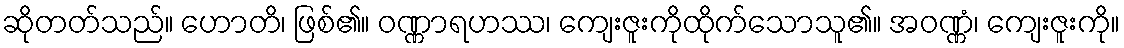
ဆိုတတ်သည်။ ဟောတိ၊ ဖြစ်၏။ ဝဏ္ဏာရဟဿ၊ ကျေးဇူးကိုထိုက်သောသူ၏။ အဝဏ္ဏံ၊ ကျေးဇူးကို။